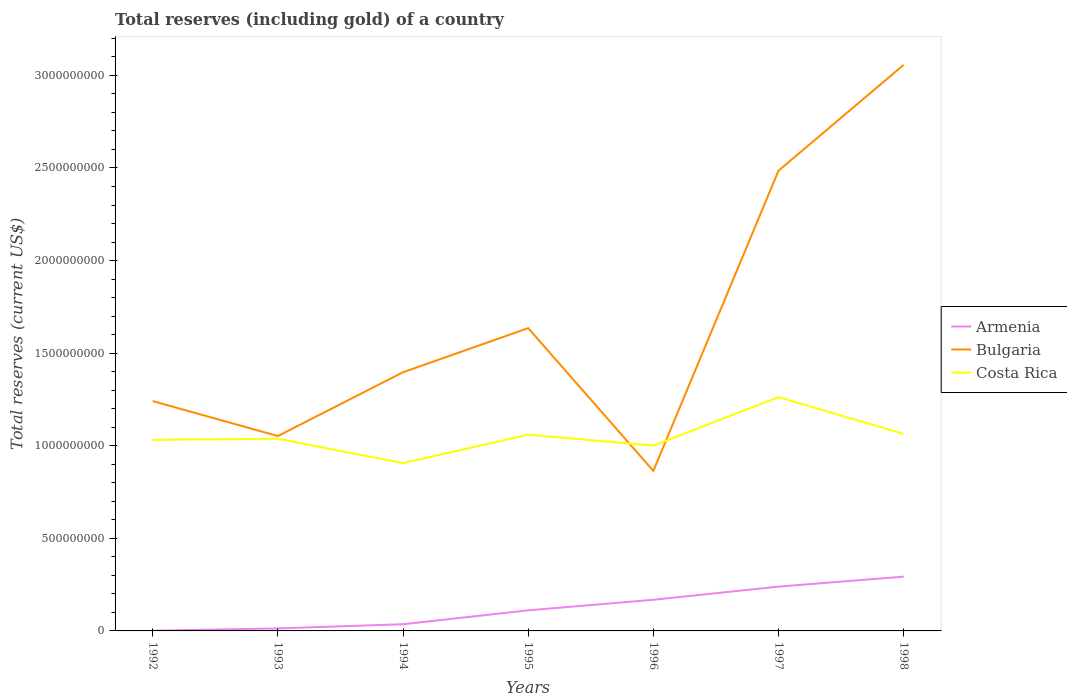
| Years | Armenia | Bulgaria | Costa Rica |
 | --- | --- | --- | --- |
 | 1992 | 1.29e+06 | 1.24e+09 | 1.03e+09 |
 | 1993 | 1.36e+07 | 1.05e+09 | 1.04e+09 |
 | 1994 | 3.61e+07 | 1.4e+09 | 9.06e+08 |
 | 1995 | 1.11e+08 | 1.64e+09 | 1.06e+09 |
 | 1996 | 1.68e+08 | 8.64e+08 | 1e+09 |
 | 1997 | 2.39e+08 | 2.49e+09 | 1.26e+09 |
 | 1998 | 2.93e+08 | 3.06e+09 | 1.06e+09 |